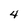
Character: 4